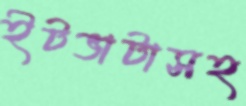
ইটভাটাসহ